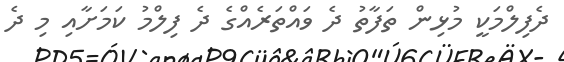
ދެފިލްމަކީ މުޅިން ތަފާތު ދެ ވައްތަރެއްގެ ދެ ފިލްމު ކަމަށާއި މި ދެ